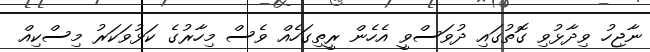
ނާޖިހު ވިދާޅުވި ގޮތުގައި ދުވަސްވީ އެހެން ރީތިގަހެއް ވެސް މިހާރުގެ ކަޅުވަކަރު މިސްކިއް